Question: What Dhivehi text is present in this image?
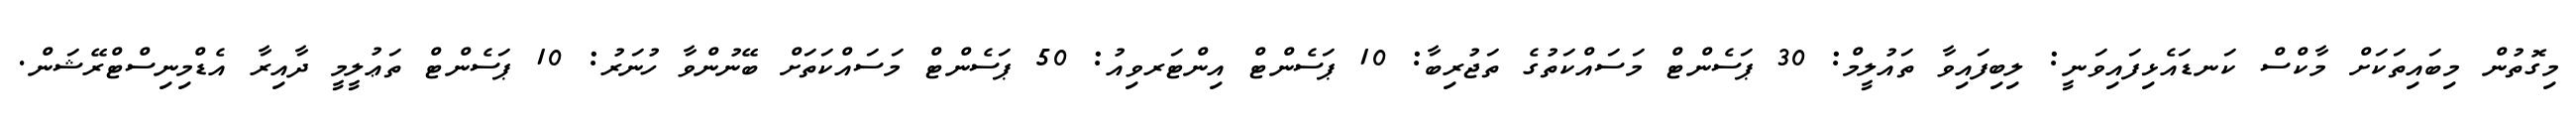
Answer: މިގޮތުން މިބައިތަކަށް މާކްސް ކަނޑައެޅިފައިވަނީ: ލިބިފައިވާ ތައުލީމް: 30 ޕަސެންޓް މަސައްކަތުގެ ތަޖުރިބާ: 10 ޕަސެންޓް އިންޓަރވިއު: 50 ޕަސެންޓް މަސައްކަތަށް ބޭނުންވާ ހުނަރު: 10 ޕަސެންޓް ތަޢުލީމީ ދާއިރާ އެޑްމިނިސްޓްރޭޝަން.